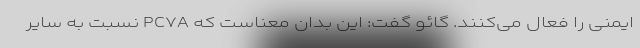
ایمنی را فعال می‌کنند. گائو گفت: این بدان معناست که PC۷A نسبت به سایر